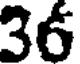
36